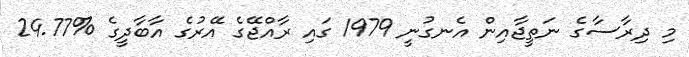
މި ދިރާސާގެ ނަތީޖާއިން އެނގުނީ 1979 ގައި ރާއްޖޭގެ އޭރުގެ އާބާދީގެ %24.77